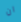
ان